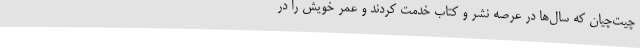
چیت‌چیان که سال‌ها در عرصه نشر و کتاب خدمت کردند و عمر خویش را در